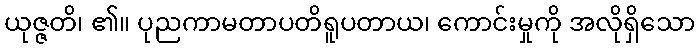
ယုဇ္ဇတိ၊ ၏။ ပုညကာမတာပတိရူပတာယ၊ ကောင်းမှုကို အလိုရှိသော